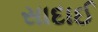
સાદાઈ